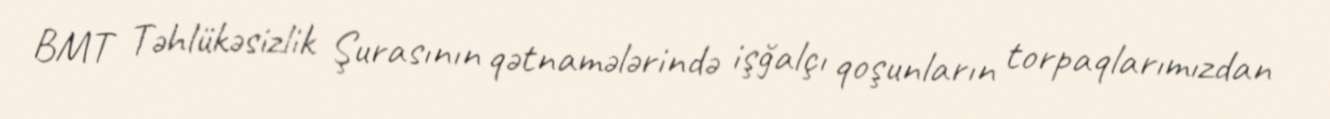
BMT Təhlükəsizlik Şurasının qətnamələrində işğalçı qoşunların torpaqlarımızdan